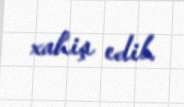
xahiş edib.